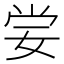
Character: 𡜈